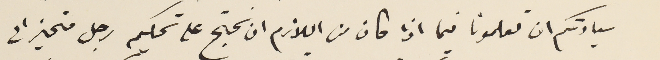
سيادتكم ان تعلمونا فيما اذا كان من اللازم ان نحتج على تحكيم رجل متحيز الى